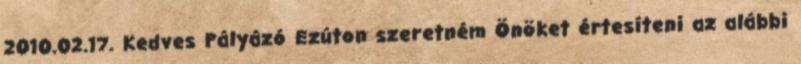
2010.02.17. Kedves Pályázó Ezúton szeretném Önöket értesíteni az alábbi